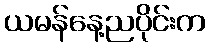
ယမန်နေ့ညပိုင်းက